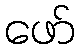
ဖော်